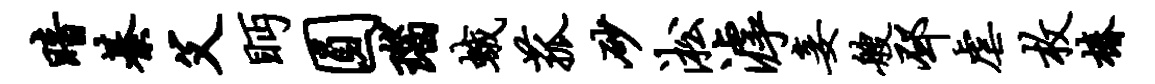
暗綦父眄圆瑙蛾菰砂淞滹妾艘邳虐枚椿